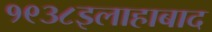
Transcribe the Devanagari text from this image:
१९३८इलाहाबाद